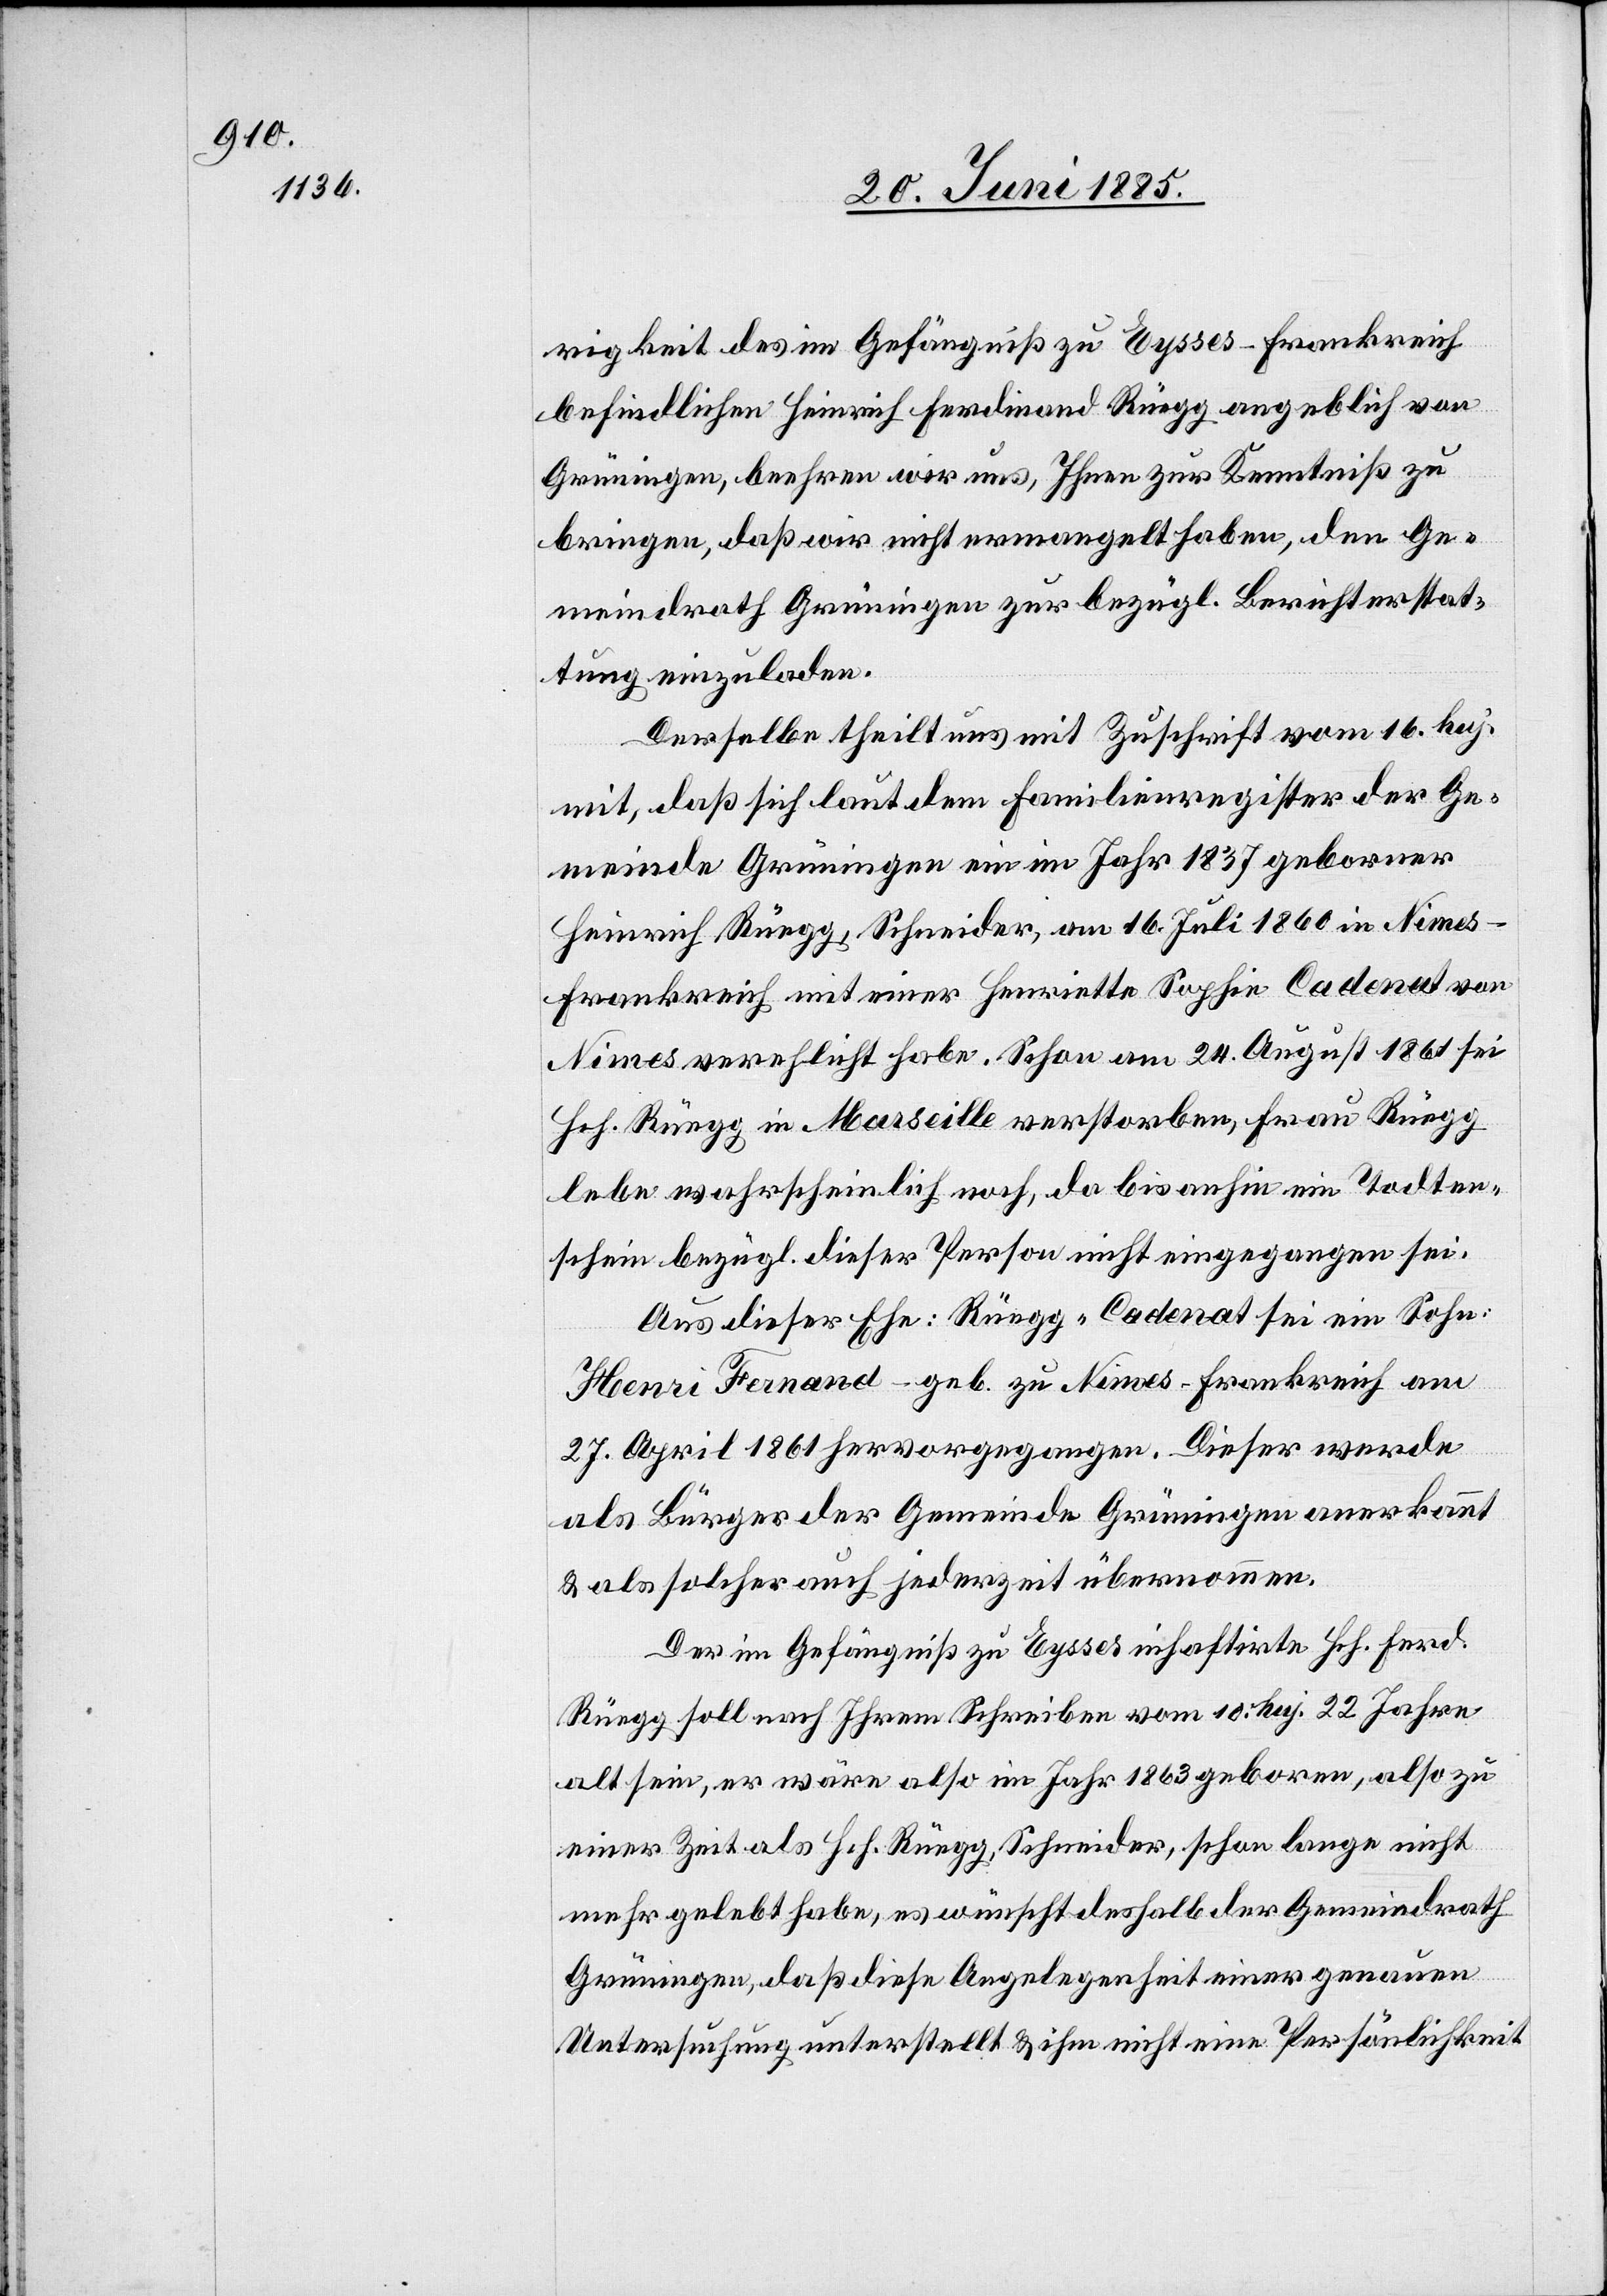
rigkeit des im Gefängniß zu Eysses - Frankreich
befindlichen Heinrich Ferdinand Rüegg angeblich von
Grüningen, beehren wir uns, Ihnen zur Kenntniß zu
bringen, daß wir nicht ermangelt haben, den Ge¬
meindrath Grüningen zur bezügl. Berichterstat¬
tung einzuladen.
Derselbe theilt uns mit Zuschrift vom 16 huj.
mit, das sich laut dem Familienregister der Ge¬
meinde Grüningen ein im Jahr 1837 geborener
Heinrich Rüegg, Schneider, am 16. Juli 1860 in Nimes
Frankreich mit einer Henriette Sophie Cadenat von
Nimes verehlicht habe. Schon am 24. August 1861 sei
Hch. Rüegg in Marseille verstorben, Frau Rüegg
lebe wahrscheinlich noch, da bis anhin ein Todten¬
schein bezügl. dieser Person nicht eingegangen sei.
Aus dieser Ehe Rüegg-Cadenat sei ein Sohn
Henri Fernand geb. zu Nimes - Frankreich am
27. April 1861 hervorgegangen. Dieser werde
als Bürger der Gemeinde Grüningen anerkannt
& als solcher auch jederzeit übernommen.
Der im Gefängniß zu Eysses inhaftirte Hch. Ferd.
Rüegg soll nach Ihrem Schreiben vom 10. huj. 22 Jahre
alt sein, er wäre also im Jahr 1863 geboren, also zu
einer Zeit, als Hch. Rüegg, Schneider, schon lange nicht
mehr gelebt habe, es wünscht deshalb der Gemeindrath
Grüningen, daß diese Angelegenheit einer genauen
Untersuchung unterstellt & ihm nicht eine Persönlichkeit